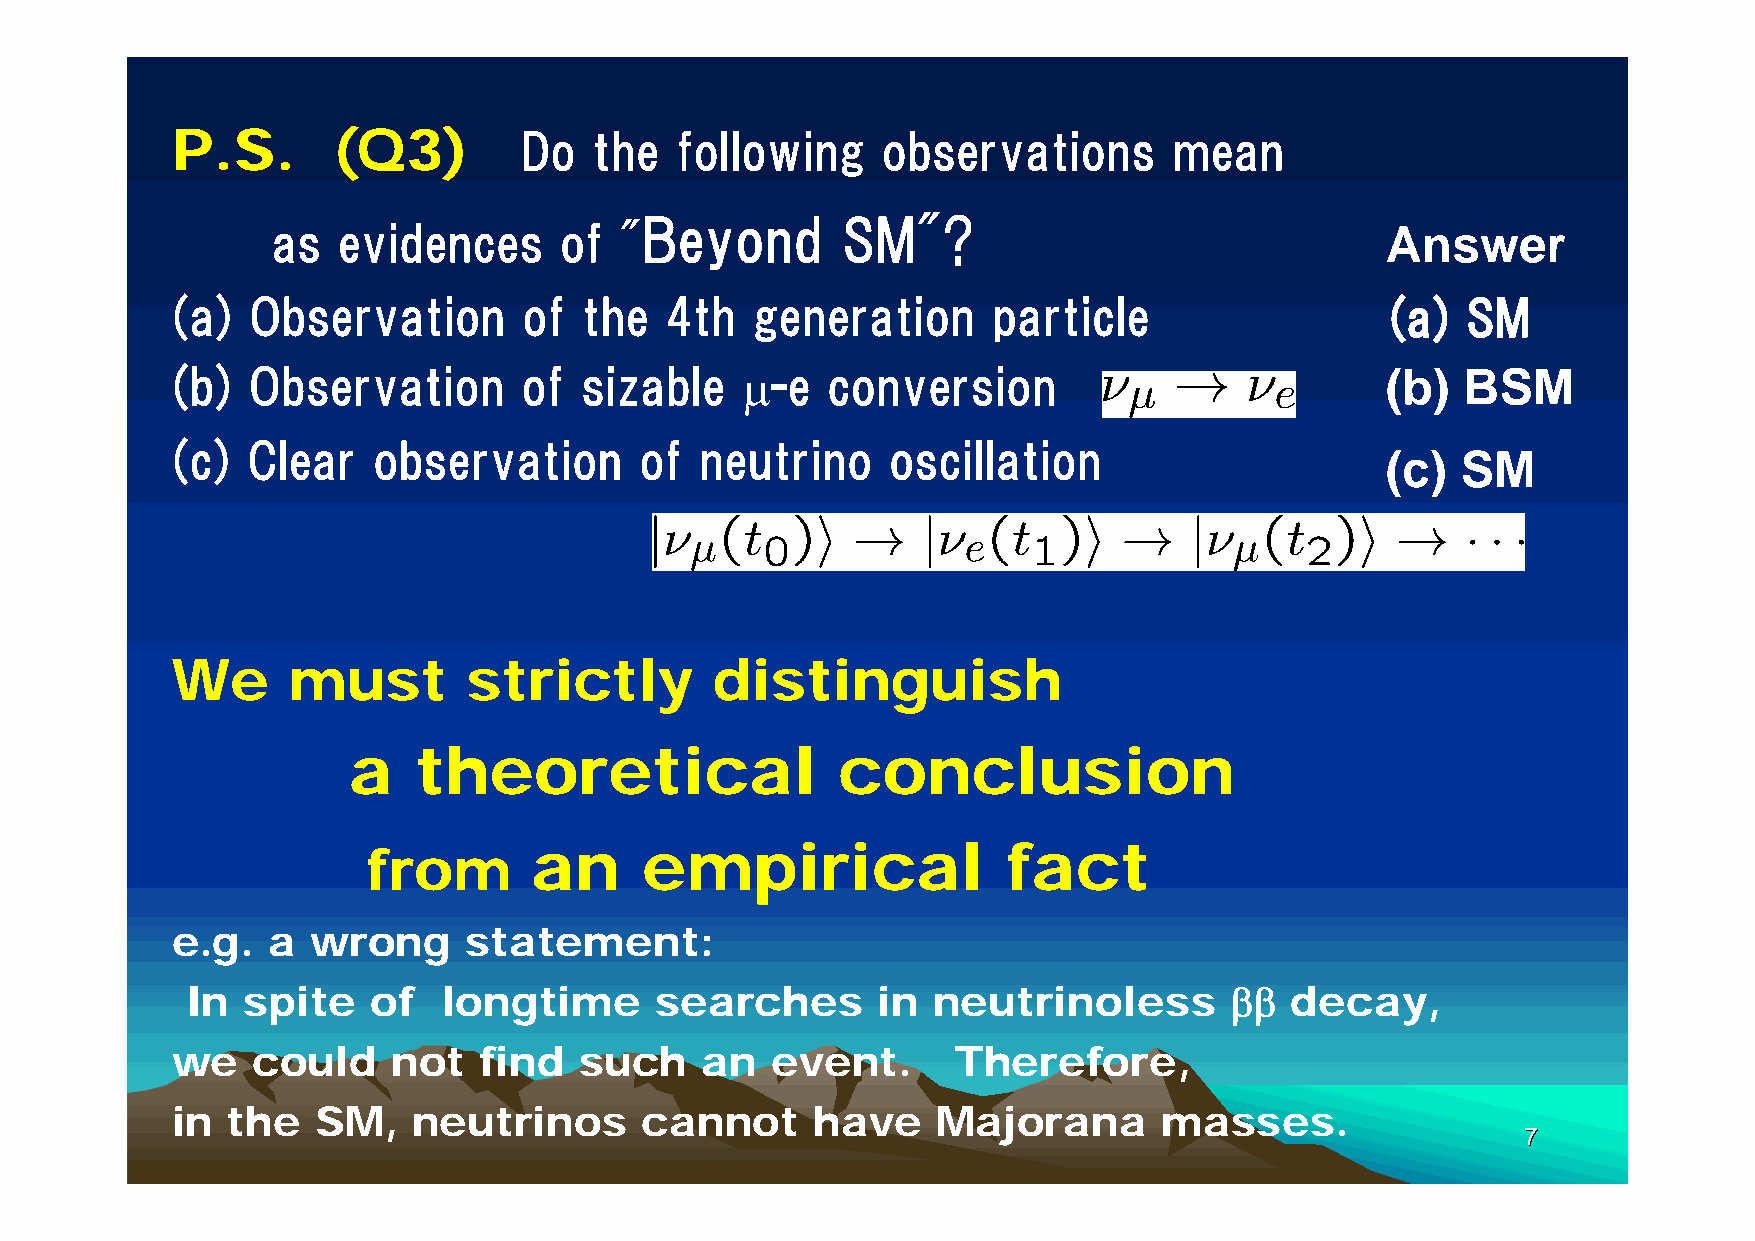
P.S.       (Q3)        Do   the   following    observations        mean
 Beyond        SM"?
 as  evidences      of  "                                                  Answer
 (a)   Observation       of  the  4th   generation      particle                  (a)  SM
 (b)  Observation        of sizable    -e   conversion                           (b)  BSM
 (c)  Clear    observation      of  neutrino     oscillation
 (c)  SM
 We      must        strictly        distinguish
 a   theoretical                 conclusion
 from       an     empirical                fact
 e.g.   a  wrong     statement:
 In  spite    of  longtime      searches       in  neutrinoless         decay,
 we    could    not   find  such    an   event.      Therefore,
 in  the   SM,   neutrinos      cannot      have    Majorana       masses.
 77